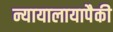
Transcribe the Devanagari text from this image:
न्यायालायापैकी